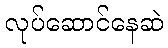
လုပ်ဆောင်နေဆဲ